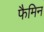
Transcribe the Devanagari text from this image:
फैमिन